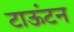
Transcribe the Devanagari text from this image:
टाऊंटन